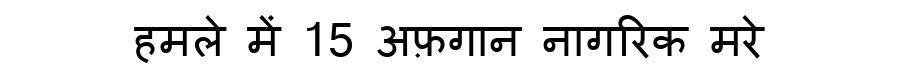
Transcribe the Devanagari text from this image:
हमले में 15 अफ़गान नागरिक मरे